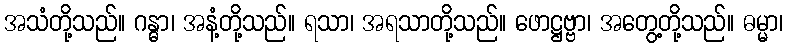
အသံတို့သည်။ ဂန္ဓာ၊ အနံ့တို့သည်။ ရသာ၊ အရသာတို့သည်။ ဖောဋ္ဌဗ္ဗာ၊ အတွေ့တို့သည်။ ဓမ္မာ၊